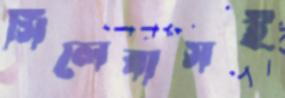
সিলেবাসই